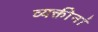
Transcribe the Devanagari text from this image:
व्यक्तीनां